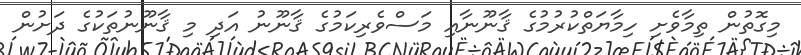
މިގޮތުން ތިމާވެށި ހިމާޔަތްކުރުމުގެ ޤާނޫނާއި މަސްވެރިކަމުގެ ޤާނޫނު އަދި މި ޤާނޫނުތަކުގެ ދަށުން